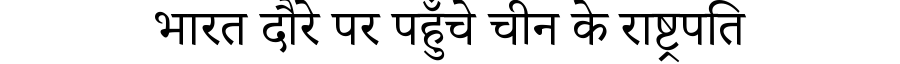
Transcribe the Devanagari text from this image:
भारत दौरे पर पहुँचे चीन के राष्ट्रपति